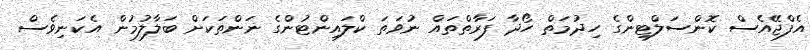
އެފްޖޭއެސް ކޮންސަލްޓިންގެ ހިދުމަތް ހޯދާ ފަރާތްތައް ނުވަތަ ކްލައިންޓުންގެ ނަންތަކަށް ބަލާލުމުން އެކަނިވެސް